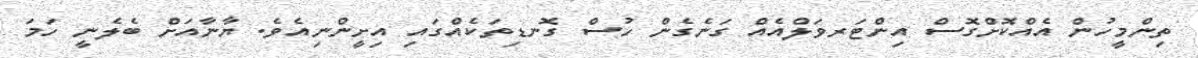
ތިންމީހުން އެއްކޮށްގޮސް އިންޓަރވަލްއެއް ގަނެގެން ހުސް ގޮނޑިތަކެއްގައި އިށީންނިއެވެ. ޔާނާއަށް ބެލެނީ ހަމަ